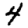
Digit: 4